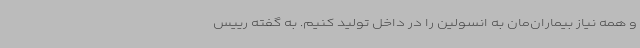
و همه نیاز بیماران‌مان به انسولین را در داخل تولید کنیم. به گفته رییس